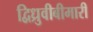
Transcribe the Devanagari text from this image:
द्विध्रुवीबीमारी